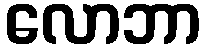
လောဘာ